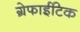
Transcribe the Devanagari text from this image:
ग्रेफाईटिक